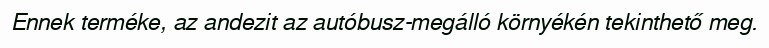
Ennek terméke, az andezit az autóbusz-megálló környékén tekinthető meg.